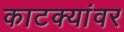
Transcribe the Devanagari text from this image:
काटक्यांवर